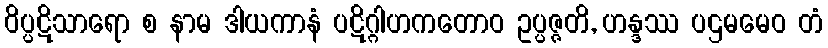
ဝိပ္ပဋိသာရော စ နာမ ဒါယကာနံ ပဋိဂ္ဂါဟကတောဝ ဥပ္ပဇ္ဇတိ, ဟန္ဒဿ ပဌမမေဝ တံ